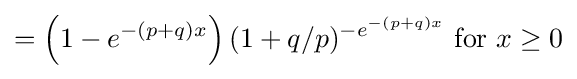
=\left(1-e^{-(p+q)x}\right){(1+q/p)^{-e^{-(p+q)x}}}{\text{ for }}x\geq 0